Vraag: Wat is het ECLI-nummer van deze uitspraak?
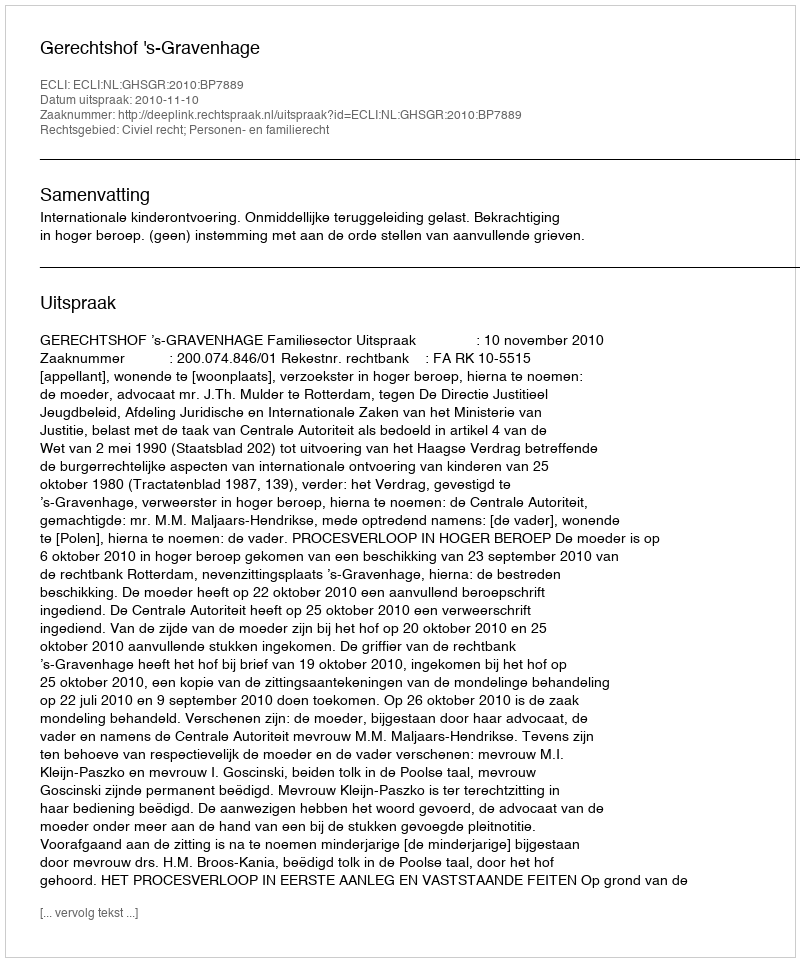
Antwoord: ECLI:NL:GHSGR:2010:BP7889